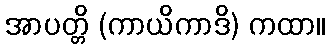
အာပတ္တိ (ကာယိကာဒိ) ကထာ။